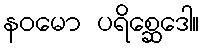
နဝမော ပရိစ္ဆေဒေါ။